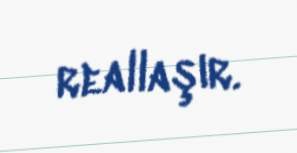
reallaşır.